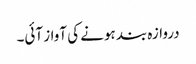
دروازہ بند ہونے کی آواز آئی۔